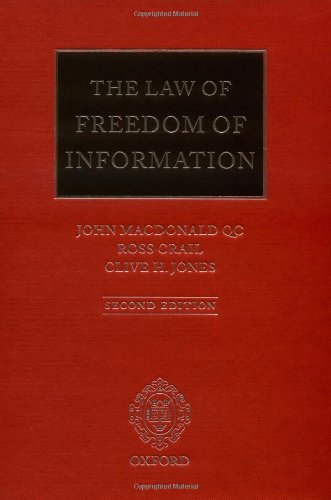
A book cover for The Law of Freedom of Information; Law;